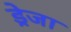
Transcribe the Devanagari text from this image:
ड्रेजा